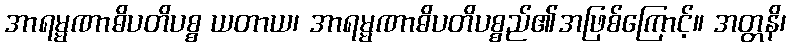
အာရမ္မဏာဓိပတိပစ္စ ယတာယ၊ အာရမ္မဏာဓိပတိပစ္စည်၏အဖြစ်ကြောင့်။ အတ္တနိ၊